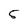
Character: 5